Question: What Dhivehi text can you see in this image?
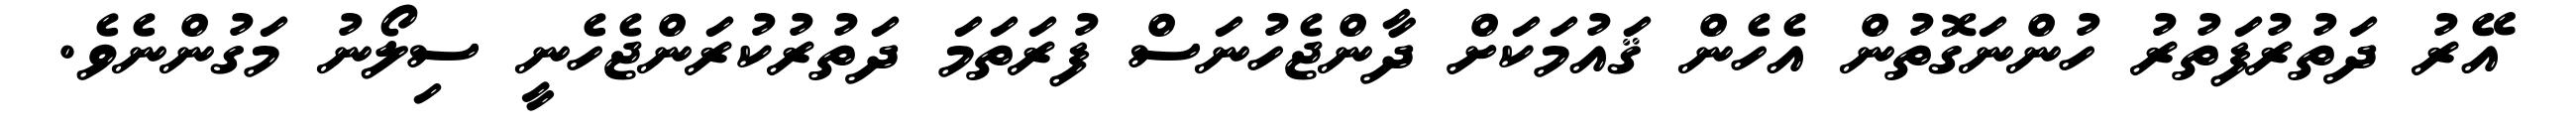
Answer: އޭރު ދަތުރުފަތުރު ހުންނަގޮތުން އެހެން ޤައުމަކަށް ދާންޖެހުނަސް ފުރަތަމަ ދަތުރުކުރަންޖެހެނީ ސިލޯނު މަގުންނެވެ.